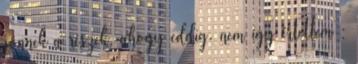
jönnek a részek, ahogy eddig. nem így értettem :